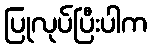
ပြုလုပ်ပြီးပါက